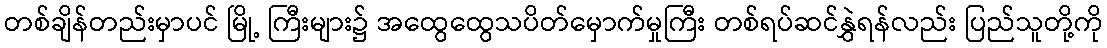
တစ်ချိန်တည်းမှာပင် မြို့ ကြီးများ၌ အထွေထွေသပိတ်မှောက်မှုကြီး တစ်ရပ်ဆင်နွှဲရန်လည်း ပြည်သူတို့ကို